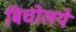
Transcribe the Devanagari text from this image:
बिचोलये